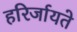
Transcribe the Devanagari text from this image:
हरिर्जायते